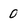
Character: 0